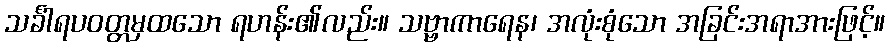
သင်္ခါရပဝတ္တမှထသော ရဟန်း၏လည်း။ သဗ္ဗာကာရေန၊ အလုံးစုံသော အခြင်းအရာအားဖြင့်။